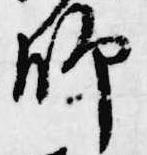
師